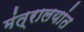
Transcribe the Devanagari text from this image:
मंत्रालयांत